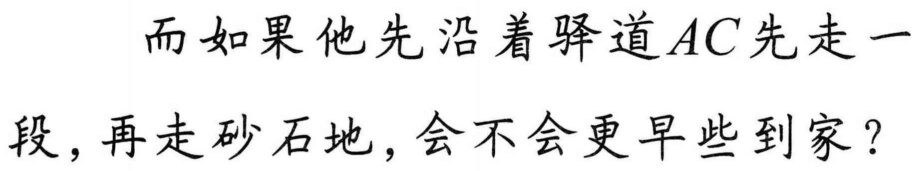
而如果他先沿着驿道\(AC\)先走一段,再走砂石地,会不会更早些到家？